Report of the Municipal Commissioner on the plague in Bombay for the year ending 31st May... - Volume 3
Disease focus: Plague
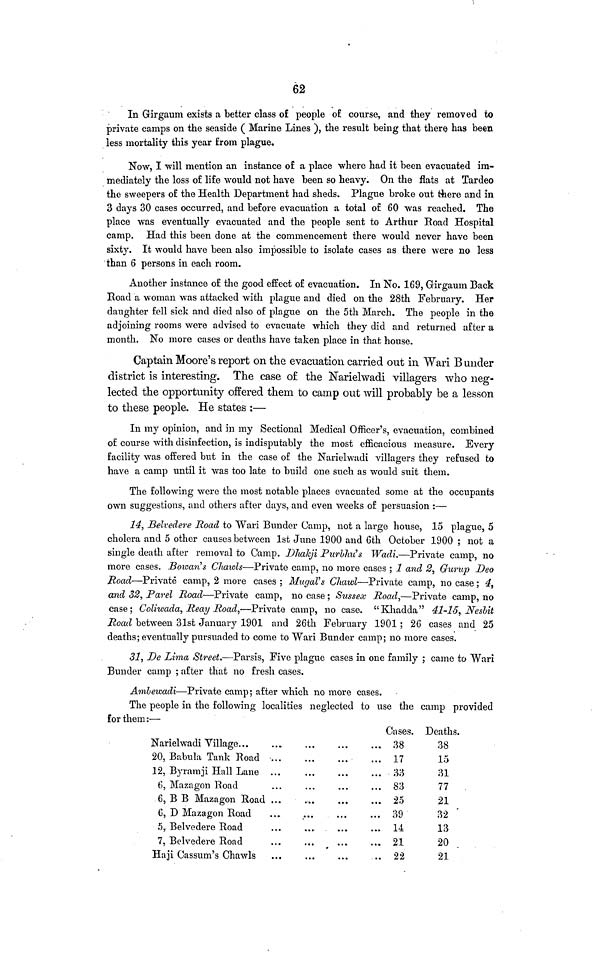
62
In Girgaum exists a better class of people of course, and they removed to
private camps on the seaside ( Marine Lines ), the result being that there has been
less mortality this year from plague.
Now, I will mention an instance of a place where had it been evacuated im-
mediately the loss of life would not have been so heavy. On the flats at Tardeo
the sweepers of the Health Department had sheds. Plague broke out there and in
3 days 30 cases occurred, and before evacuation a total of 60 was reached. The
place was eventually evacuated and the people sent to Arthur Road Hospital
camp. Had this been done at the commencement there would never have been
sixty. It would have been also impossible to isolate cases as there were no less
than 6 persons in each room.
Another instance of the good effect of evacuation. In No. 169, Girgaum Back
Road a woman was attacked with plague and died on the 28th February. Her
daughter fell sick and died also of plague on the 5th March. The people in the
adjoining rooms were advised to evacuate which they did and returned after a
month. No more cases or deaths have taken place in that house.
Captain Moore's report on the evacuation carried out in Wari Bunder
district is interesting. The case of the Narielwadi villagers who neg-
lected the opportunity offered them to camp out will probably be a lesson
to these people. He states :—
In my opinion, and in my Sectional Medical Officer's, evacuation, combined
of course with disinfection, is indisputably the most efficacious measure. Every
facility was offered but in the case of the Narielwadi villagers they refused to
have a camp until it was too late to build one such as would suit them.
The following were the most notable places evacuated some at the occupants
own suggestions, and others after days, and even weeks of persuasion :—
14, Belvedere Road to Wari Bunder Camp, not a large house, 15 plague, 5
cholera and 5 other causes between 1st June 1900 and 6th October 1900 ; not a
single death after removal to Camp. Dhakji Purbhu's Wadi.—Private camp, no
more cases. Bowan's Chawls—Private camp, no more cases ; 1 and 2, Gurup Deo
Road—Private camp, 2 more cases ; Mugal's Chawl—Private camp, no case ; 4,
and 32, Parel Road—Private camp, no case ; Sussex Road,—Private camp, no
case; Coliwada, Reay Road,—Private camp, no case. "Khadda" 41-15, Nesbit
Road between 31st January 1901 and 26th February 1901 ; 26 cases and 25
deaths; eventually pursuaded to come to Wari Bunder camp; no more cases.
31, De Lima Street.—Parsis, Five plague cases in one family ; came to Wari
Bunder camp ; after that no fresh cases.
Ambewadi—Private camp; after which no more cases.
The people in the following localities neglected to use the camp provided
for them:—
Narielwadi Village...
20, Babula Tank Road
12, Byramji Hall Lane
6, Mazagon Road
6, B B Mazagon Road
6, D Mazagon Road
5, Belvedere Road
7, Belvedere Road
Haji Cassum's Chawls
...
...
...
...
...
...
...
...
...
...
...
...
...
...
...
...
...
...
...
...
...
...
...
...
...
...
...
...
...
...
...
...
...
...
...
..
Cases.
38
17
33
83
25
39
14
21
22
Deaths.
38
15
31
77
21
32
13
20
21